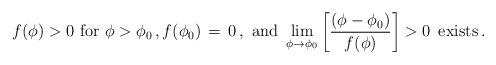
LaTeX: \begin{align*}f(\phi) > 0 \hbox{ for } \phi > \phi_0\,,f(\phi_0)\,=\,0\,,\hbox{ and }\lim_{\phi\to\phi_0}\left[\frac{(\phi - \phi_0)}{f(\phi)}\right] >0 \, \hbox{ exists}\,.\end{align*}